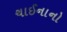
ચાઈનાનો